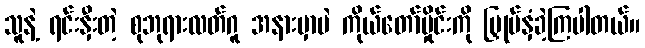
သူနဲ့ ရင်းနှီးတဲ့ စုဘုရားလတ်ဂူ အနားမှာပဲ ကိုယ်တော်မှိုင်းကို မြှုပ်နှံခဲ့ကြပါတယ်။